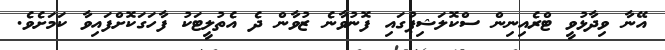
އޭނާ ވިދާޅުވީ ޓްރެއިނިން ސްކޮލަޝިޕުގައި ފޮނުވާނެ ޒުވާން ދެ އެތުލީޓަކު ފާހަގަކޮށްފައިވާ ކަމަށެވެ.